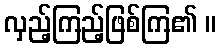
လှည့်ကြည့်ဖြစ်ကြ၏ ။